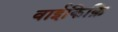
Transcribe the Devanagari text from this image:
वाईकिक़ि